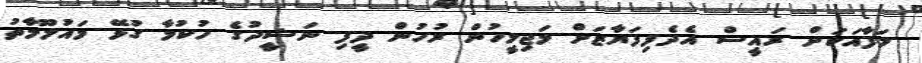
ލަފާއަކަށް ރައީސް އެދެފިފަޔާޒަށް މަޖިލީހުން ރުހުން ދީފި ނަޝީދުގެ ހުކުމާ ގުޅޭ މައުލޫމާތު